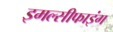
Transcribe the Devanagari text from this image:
इमल्सीफाइंग